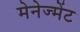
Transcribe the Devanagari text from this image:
मेनेज्मेंट